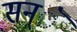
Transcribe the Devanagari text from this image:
सन्ॅ